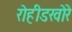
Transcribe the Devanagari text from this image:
रोहीडखोरे